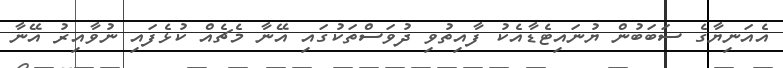
އެއަނިޔާގެ ސަބަބުން ޔުނައިޓެޑާއެކު ފާއިތުވި ދުވަސްތަކުގައި އޭނާ މެޗެއް ކުޅެފައި ނުވާއިރު އޭނާ